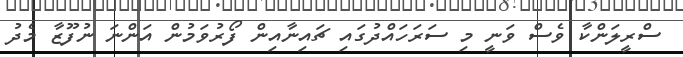
ސްރީލަންކާ ވެސް ވަނީ މި ސަރަހައްދުގައި ޗައިނާއިން ފޯރުވަމުން އަންނަ ނުފޫޒާ މެދު